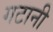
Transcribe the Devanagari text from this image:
गटानी